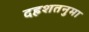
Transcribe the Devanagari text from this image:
दहशतनुमा